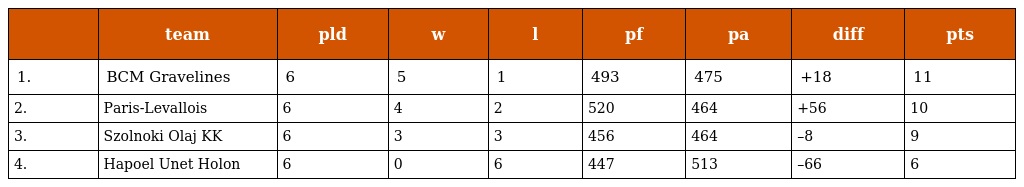
|  | team | pld | w | l | pf | pa | diff | pts |
 | --- | --- | --- | --- | --- | --- | --- | --- | --- |
 | 1. | BCM Gravelines | 6 | 5 | 1 | 493 | 475 | +18 | 11 |
 | 2. | Paris-Levallois | 6 | 4 | 2 | 520 | 464 | +56 | 10 |
 | 3. | Szolnoki Olaj KK | 6 | 3 | 3 | 456 | 464 | –8 | 9 |
 | 4. | Hapoel Unet Holon | 6 | 0 | 6 | 447 | 513 | –66 | 6 |